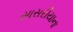
સાસરીયાના